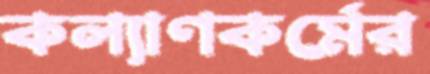
কল্যাণকর্মের